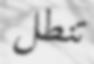
تنطل